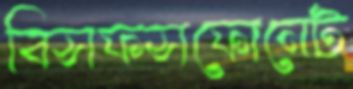
বিসফসফোনেট